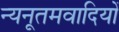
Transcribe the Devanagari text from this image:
न्यनूतमवादियों